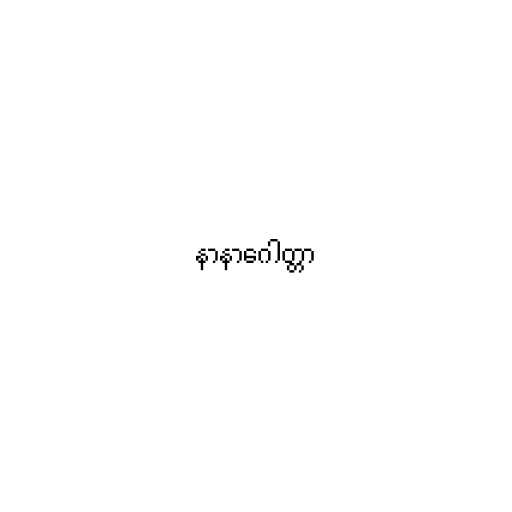
နာနာဂေါတ္တာ